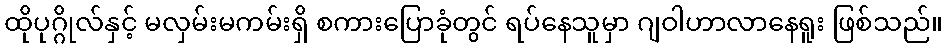
ထိုပုဂ္ဂိုလ်နှင့် မလှမ်းမကမ်းရှိ စကားပြောခုံတွင် ရပ်နေသူမှာ ဂျဝါဟာလာနေရူး ဖြစ်သည်။